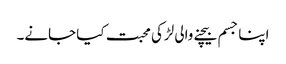
اپنا جسم بیچنے والی لڑکی محبت کیا جانے۔